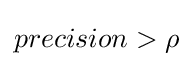
precision>\rho